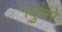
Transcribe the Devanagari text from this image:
।दुसरे